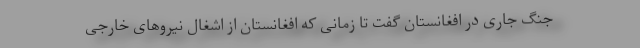
جنگ جاری در افغانستان گفت تا زمانی که افغانستان از اشغال نیروهای خارجی